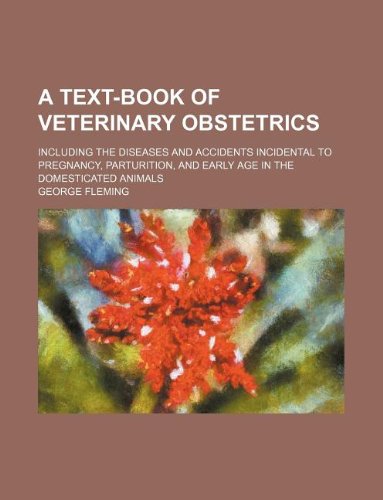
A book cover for A text-book of veterinary obstetrics; including the diseases and accidents incidental to pregnancy, parturition, and early age in the domesticated animals; George Fleming; Medical Books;